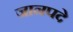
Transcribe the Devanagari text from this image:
जानपदे